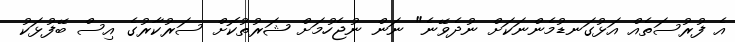
އެ ފުރުސަތެއް އަޅުގަނޑުމެންނަކަށް ނުދެވޭނެ" ނަން ނުޖެހުމަށް ޝަރުތުކޮށް ސަރުކާރުގެ އިސް ބޭފުޅަކު